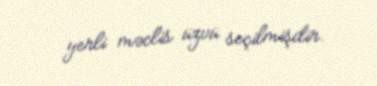
yerli məclis üzvü seçilmişdir.